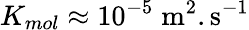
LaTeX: K_{mol}\approx\mathrm{10^{-5}}\; \mathrm{m}^{2}.\mathrm{s}^{-1}